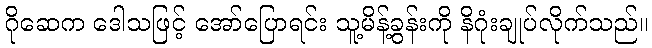
ဂိုဆေက ဒေါသဖြင့် အော်ပြောရင်း သူ့မိန့်ခွန်းကို နိဂုံးချုပ်လိုက်သည်။